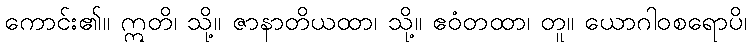
ကောင်း၏။ ဣတိ၊ သို့။ ဇာနာတိယထာ၊ သို့။ ဧဝံတထာ၊ တူ။ ယောဂါဝစရောပိ၊